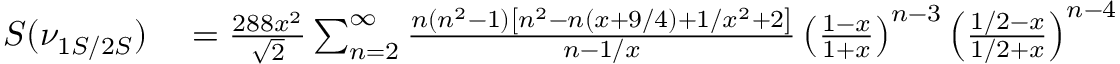
\begin{array} { r l } { S ( \nu _ { 1 S / 2 S } ) } & { { } = \frac { 2 8 8 x ^ { 2 } } { \sqrt { 2 } } \sum _ { n = 2 } ^ { \infty } \frac { n ( n ^ { 2 } - 1 ) \left[ n ^ { 2 } - n ( x + 9 / 4 ) + 1 / x ^ { 2 } + 2 \right] } { n - 1 / x } \left( \frac { 1 - x } { 1 + x } \right) ^ { n - 3 } \left( \frac { 1 / 2 - x } { 1 / 2 + x } \right) ^ { n - 4 } } \end{array}